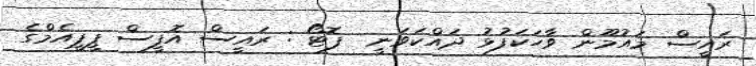
ރައީސް މައުމޫން ވާހަކަފުޅު ދައްކަވަނީ  ފޮޓޯ : ރައީސް އޮފީސް ޕީޕީއެމްގެ